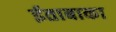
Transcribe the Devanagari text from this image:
ईताबाका